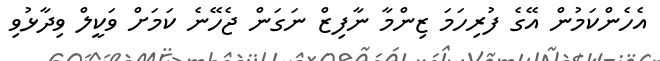
އެހެންކަމުން އޭގެ ފުރިހަމަ ޒިންމާ ނާފިޒް ނަގަން ޖެހޭނެ ކަމަށް ވަކީލް ވިދާޅުވި